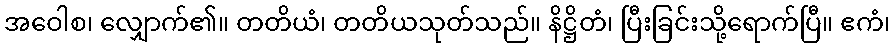
အဝေါစ၊ လျှောက်၏။ တတိယံ၊ တတိယသုတ်သည်။ နိဋ္ဌိတံ၊ ပြီးခြင်းသို့ရောက်ပြီ။ ဧကံ၊